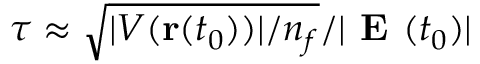
\tau \approx \sqrt { | V ( \mathbf { r } ( t _ { 0 } ) ) | / n _ { f } } / | \textbf { E } ( t _ { 0 } ) |